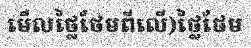
មើលថ្លៃថែមពីលើ)ថ្លៃថែម